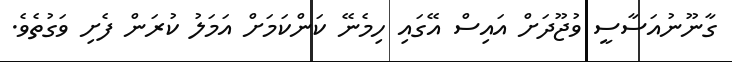
ގާނޫނުއަސާސީ ވުޖޫދަށް އައިސް އޭގައި ހިމެނޭ ކަންކަމަށް އަމަލު ކުރަން ފެށި ވަގުތެވެ.